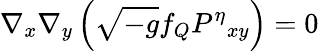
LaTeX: {\nabla_{x}}{\nabla_{y}}\left(\sqrt{-g}{f_{Q}}{P^{\eta}}_{xy}\right)=0